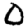
Digit: 0